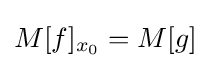
M[f]_{x_{0}}=M[g]